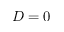
D = 0